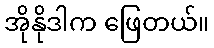
အိုနိုဒါက ဖြေတယ်။